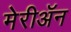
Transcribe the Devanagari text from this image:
मेरीॲन